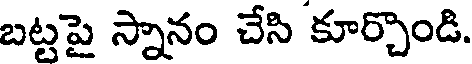
బట్టపై స్నానం చేసి కూర్చొండి.